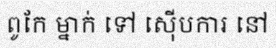
ពូកែ ម្នាក់ ទៅ ស៊ើបការ នៅ